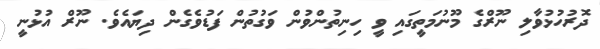
ދޮރުހުޅުވާލި ނޫރްގެ މޫނުމަތީގައި ވީ ހިނިތުންވުން ވަގުތުން ފަޑުވެގެން ދިޔައެވެ. ނޫރް އުޅުނީ